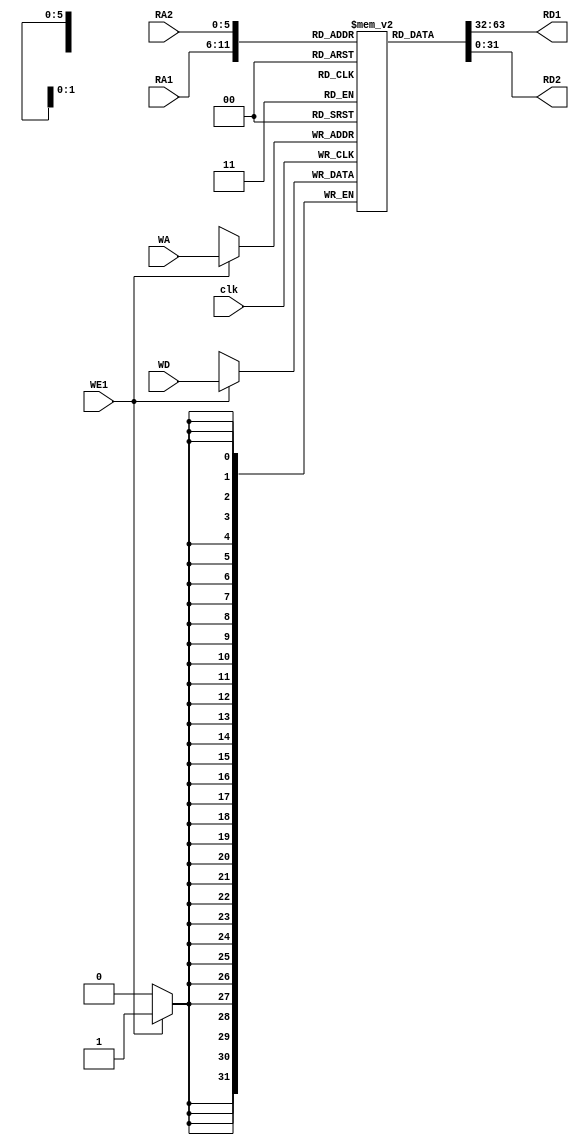
module regfile64x32(
    input [5:0] RA1,
    input [5:0] RA2,
    input [5:0] WA,
    input [31:0] WD,
    output [31:0] RD1,
    output [31:0] RD2,
    input clk,
    input WE1
    );
    
    reg[31:0] rf[63:0];
    
    assign RD1 = rf[RA1];
    assign RD2 = rf[RA2];
    
    integer i;
    initial begin
        for (i = 0; i < 64; i = i + 1) begin
            rf[i] <= 0;
        end
    end

    always @(posedge clk) begin
        if (WE1) rf[WA] <= WD;
    end
    
endmodule